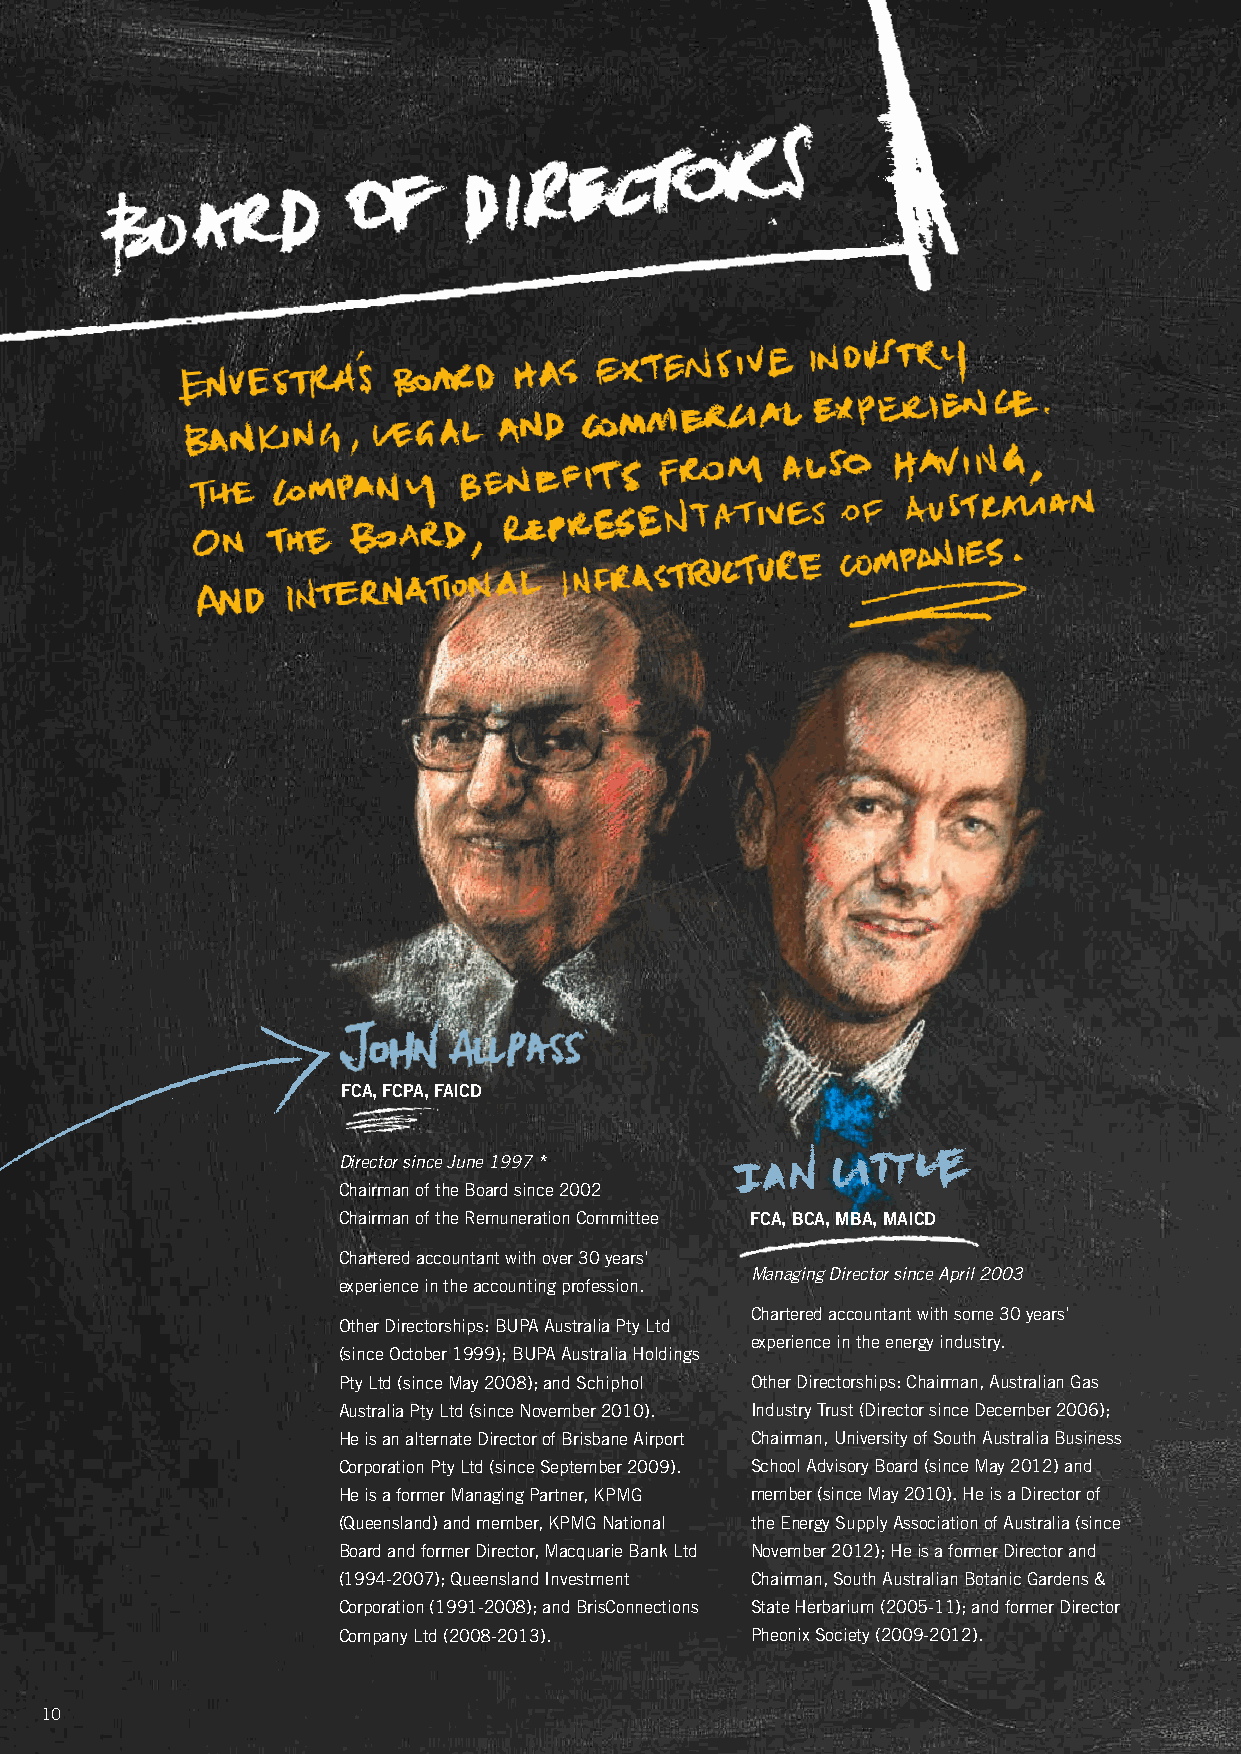
FCa, FCPa, FaiCd
 Director since June 1997 *
 Chairman of the Board since 2002
 Chairman of the Remuneration Committee FCa, bCa, mba, maiCd
 Chartered accountant with over 30 years’
 Managing Director since April 2003
 experience in the accounting profession.
 Chartered accountant with some 30 years’
 other Directorships: BuPA Australia Pty ltd
 experience in the energy industry.
 (since october 1999); BuPA Australia Holdings
 Pty ltd (since May 2008); and Schiphol other Directorships: Chairman, Australian Gas
 Australia Pty ltd (since November 2010). Industry Trust (Director since December 2006);
 He is an alternate Director of Brisbane Airport Chairman, university of South Australia Business
 Corporation Pty ltd (since September 2009). School Advisory Board (since May 2012) and
 He is a former Managing Partner, KPMG member (since May 2010). He is a Director of
 (Queensland) and member, KPMG National the energy Supply Association of Australia (since
 Board and former Director, Macquarie Bank ltd November 2012); He is a former Director and
 (1994-2007); Queensland Investment Chairman, South Australian Botanic Gardens &
 Corporation (1991-2008); and BrisConnections State Herbarium (2005-11); and former Director
 Company ltd (2008-2013).    Pheonix Society (2009-2012).
 10